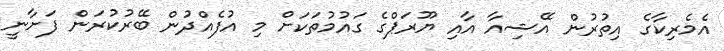
އެމެރިކާގެ އިތުރުން އޭޝިއާ އާއި ޔޫރަޕްގެ ގައުމުތަކަށް މި އުފެއްދުން ބޭރުކުރަން ފަށާނީ